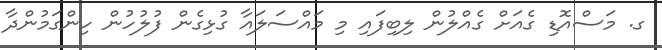
ގ. މަސްއޮޑި ގެއަށް ގެއްލުން ލިބިފައި މި މައްސަލައާ ގުޅިގެން ފުލުހުން ހިންގަމުންދާ